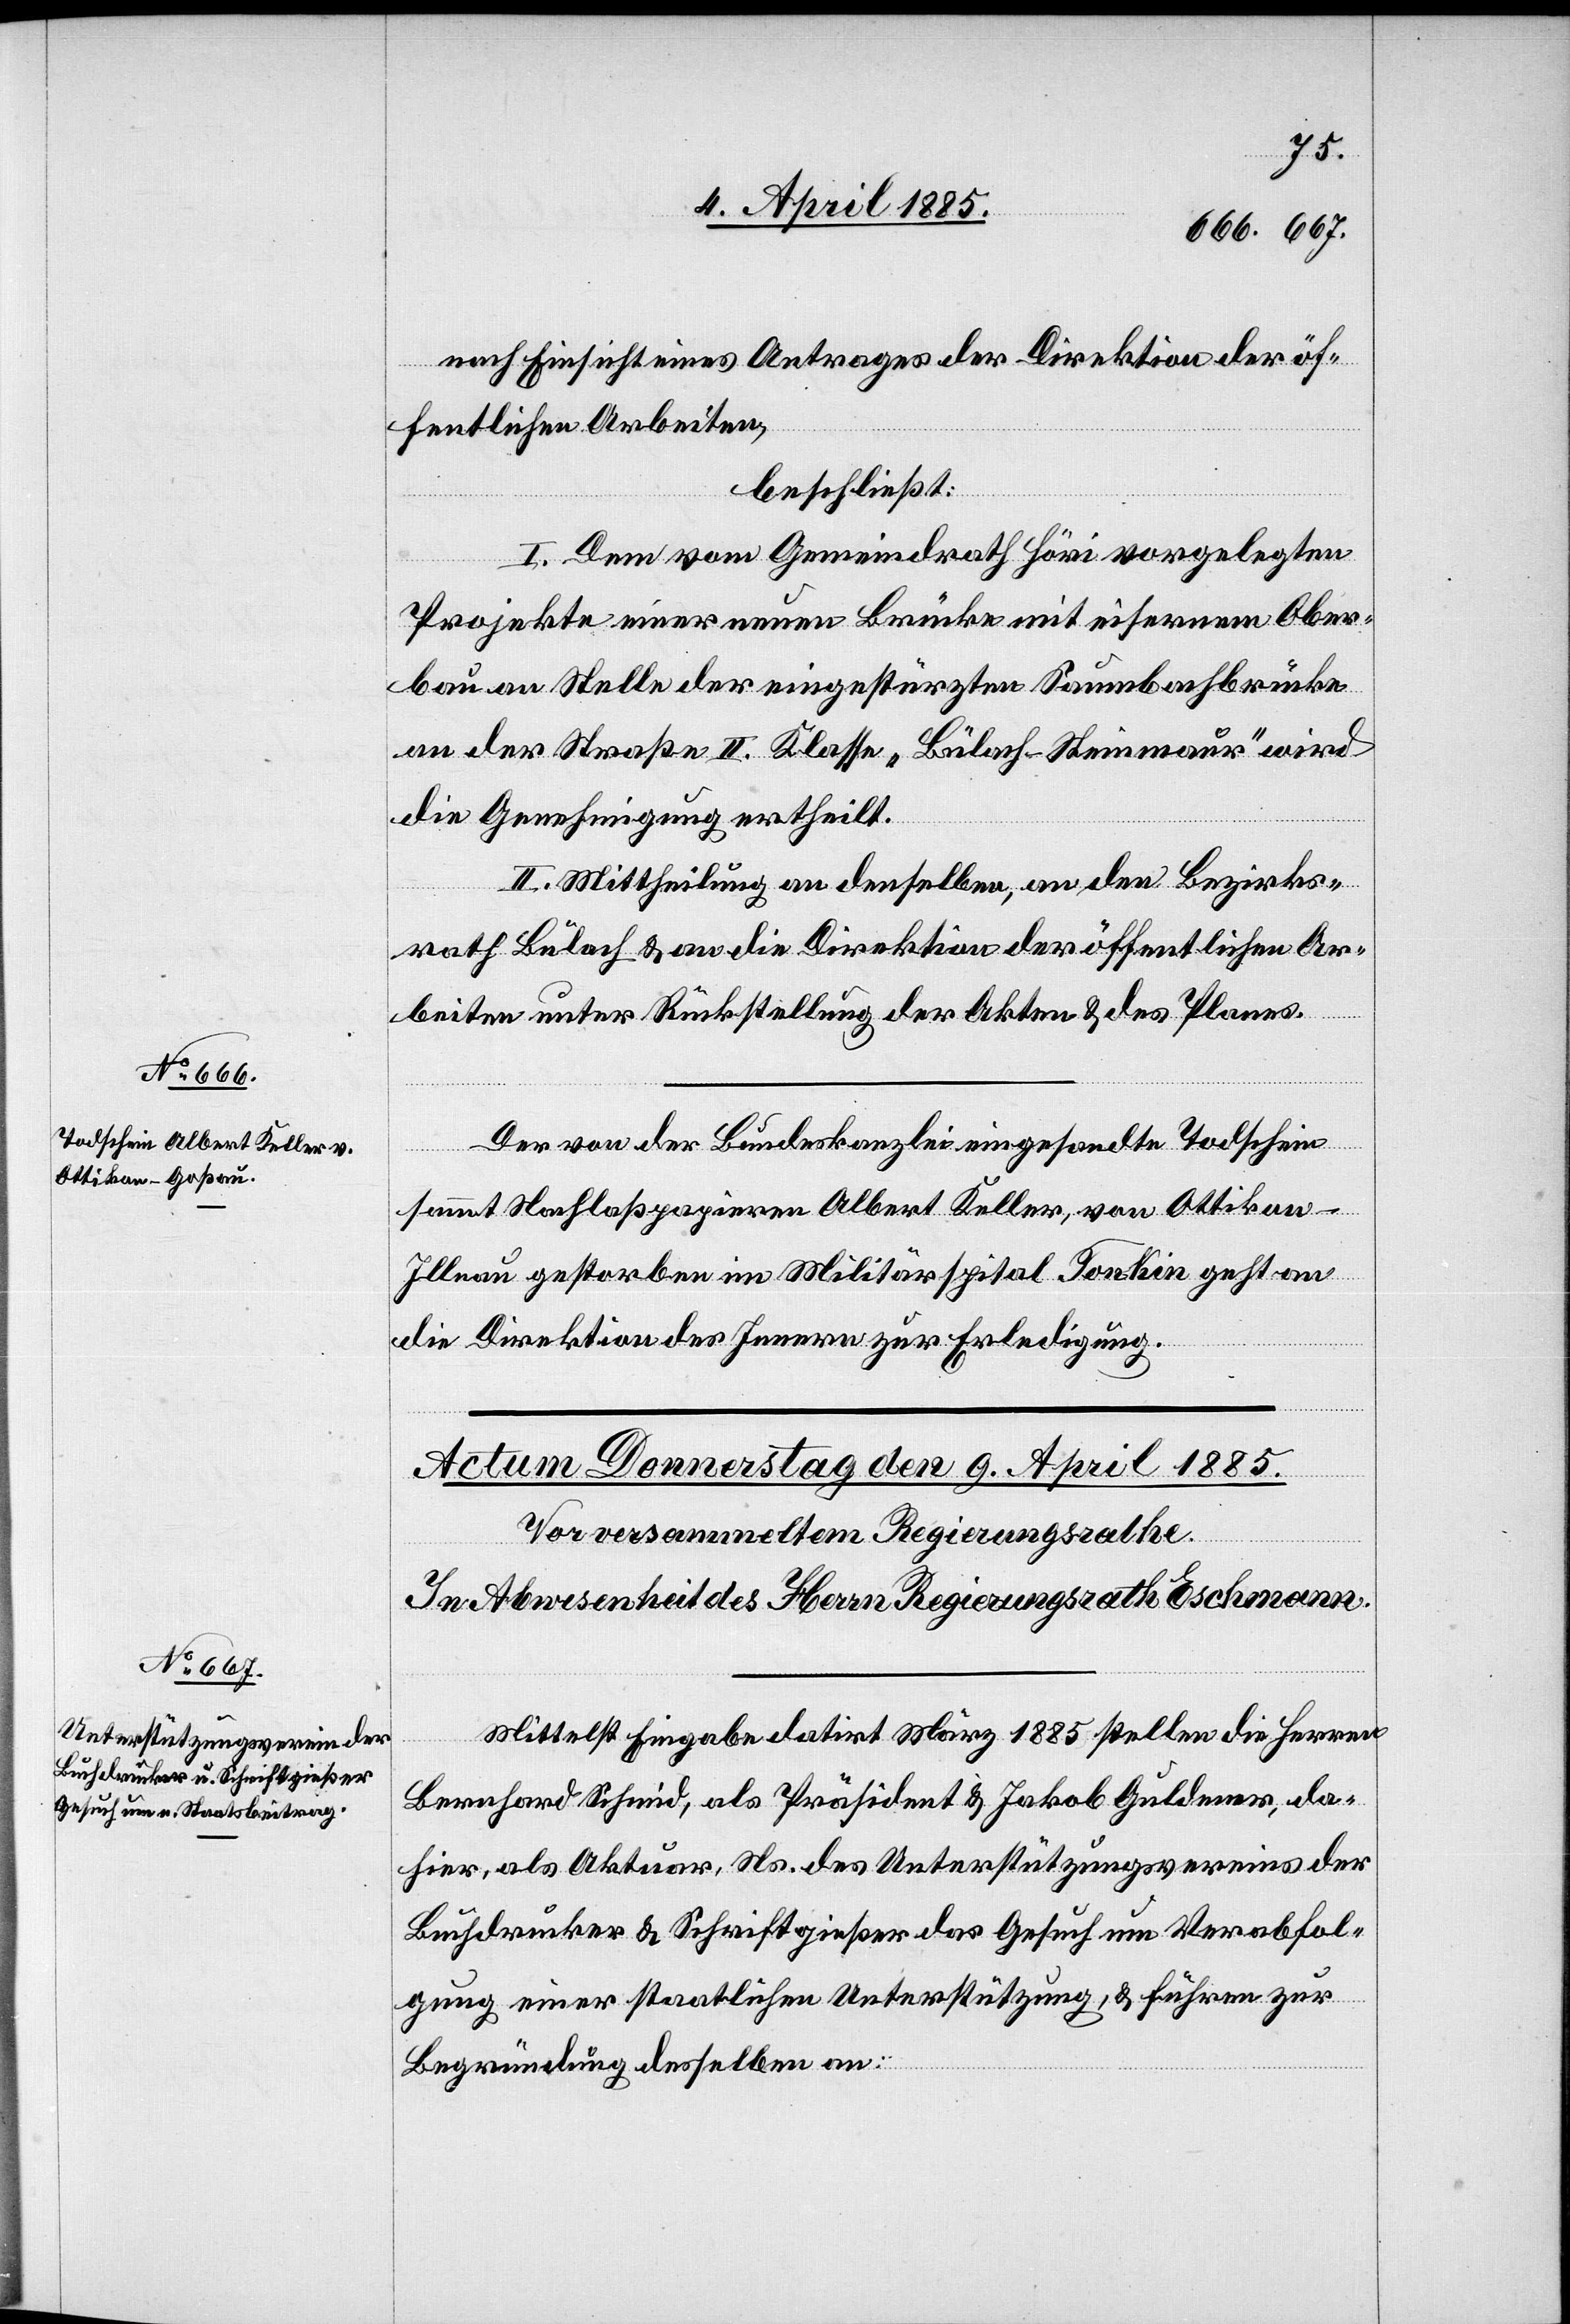
08. April 1885.]
nach Einsicht eines Antrages der Direktion der öf¬
fentlichen Arbeiten,
beschließt:
I. Dem vom Gemeindrath Höri vorgelegten
Projekte einer neuen Brücke mit eisernem Ober¬
bau an Stelle der eingestürzten Saumbachbrücke
an der Straße II. Klasse „Bülach–Steinmaur“ wird
die Genehmigung ertheilt.
II. Mittheilung an denselben, an den Bezirks¬
rath Bülach & an die Direktion der öffentlichen Ar¬
beiten unter Rückstellung der Akten & des Planes.
Der von der Bundeskanzlei eingesandte Todschein
sammt Nachlaßpapieren Albert Keller, von Ottikon
Illnau gestorben im Militärspital Tonkin geht an
die Direktion des Innern zur Erledigung.